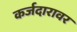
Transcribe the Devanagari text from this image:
कर्जदारावर